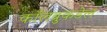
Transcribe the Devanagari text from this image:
कॉलब्रुकडेल